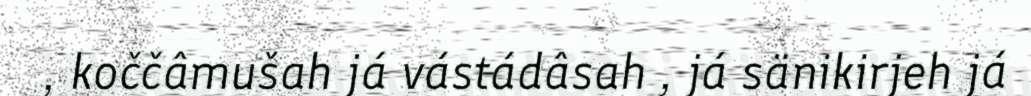
, koččâmušah já vástádâsah , já sänikirjeh já